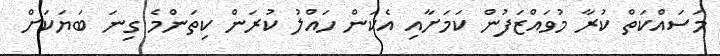
މަސައްކަތް ކުރާ މުވައްޒަފުން ކަމަށާއި އެކަން ހައްލު ކުރަން ކިތަންމެ ގިނަ ބަޔަކަށް